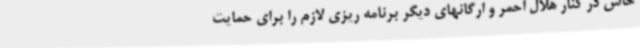
خاش در کنار هلال احمر و ارگانهای دیگر برنامه ریزی لازم را برای حمایت